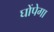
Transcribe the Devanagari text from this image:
घोंपेगा